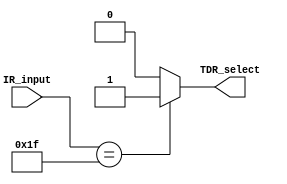
module IR_Decoder #(parameter IR_Inputs = 5 ) (input [IR_Inputs-1:0] IR_input , output reg TDR_select);
     always @(IR_input)
    begin
        case(IR_input)
          // 5'b00000 : tdr_select =1'b1;  
           5'b11111 : TDR_select =1'b1;  
           default : TDR_select = 'h0;
        endcase
    end
endmodule